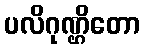
ပလိဂုဏ္ဌိတော